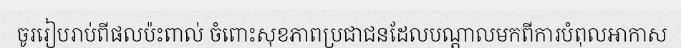
ចូររៀបរាប់ពីផលប៉ះពាល់ ចំពោះសុខភាពប្រជាជនដែលបណ្តាលមកពីការបំពុលអាកាស